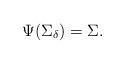
LaTeX: \begin{align*}\Psi(\Sigma_\delta) = \Sigma.\end{align*}